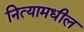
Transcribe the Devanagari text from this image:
नित्यामधील